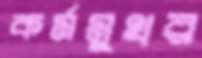
কর্মমুখর